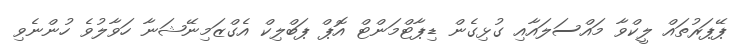
ޕޭޕަރުތައް ލީކްވާ މައްސަލައާއި ގުޅިގެން ޑިޕާޓްމަންޓް އޮޕް ޕަބްލިކް އެގްޒަމިނޭޝަނާ ހަވާލުވެ ހުންނެވި